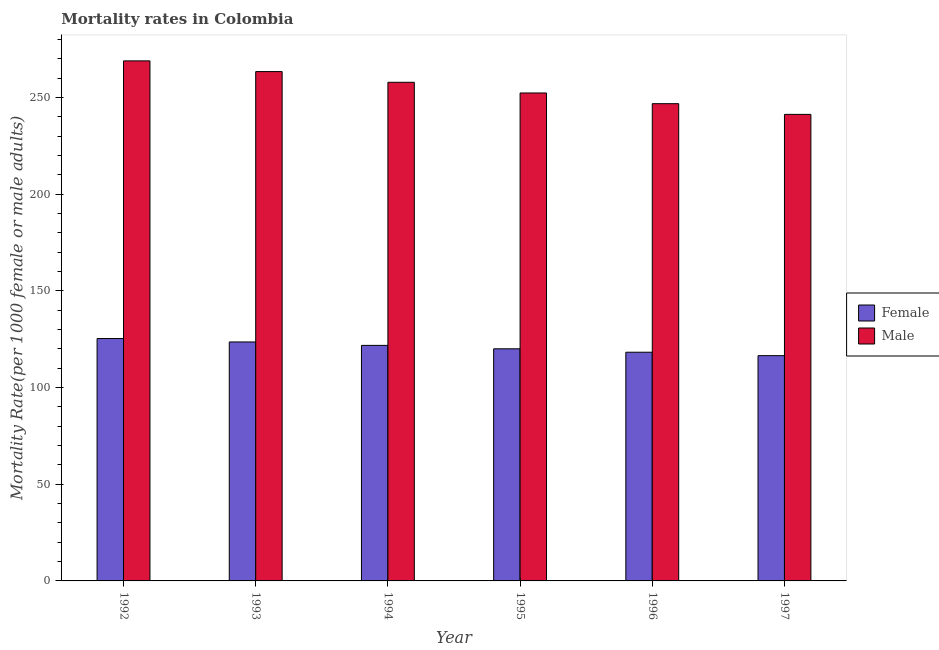
| Year | Female | Male |
 | --- | --- | --- |
 | 1992 | 125 | 269 |
 | 1993 | 124 | 263 |
 | 1994 | 122 | 258 |
 | 1995 | 120 | 252 |
 | 1996 | 118 | 247 |
 | 1997 | 116 | 241 |